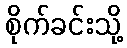
စိုက်ခင်းသို့